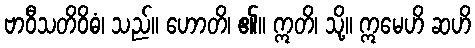
ဗာဝီသတိဝိဓံ၊ သည်။ ဟောတိ၊ ၏။ ဣတိ၊ သို့။ ဣမေဟိ ဆဟိ